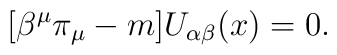
\lbrack \beta ^{\mu }\pi _{\mu }-m]U_{\alpha \beta }(x)=0.